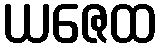
ယဇေထ